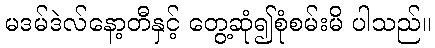
မဒမ်ဒဲလ်နော့တီနှင့် တွေ့ဆုံ၍စုံစမ်းမိ ပါသည်။